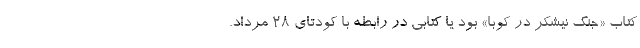
کتاب «جنگ نیشکر در کوبا» بود یا کتابی در رابطه با کودتای ۲۸ مرداد.